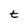
Character: t